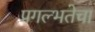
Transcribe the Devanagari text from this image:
प्रगल्‍भतेचा